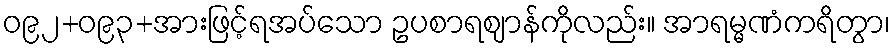
ဝ၉၂+ဝ၉၃+အားဖြင့်ရအပ်သော ဥပစာရဈာန်ကိုလည်း။ အာရမ္မဏံကရိတွာ၊